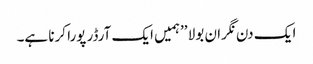
ا یک دن نگران بولا ’’ہمیں ایک آرڈر پورا کرنا ہے۔